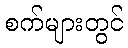
စက်များတွင်